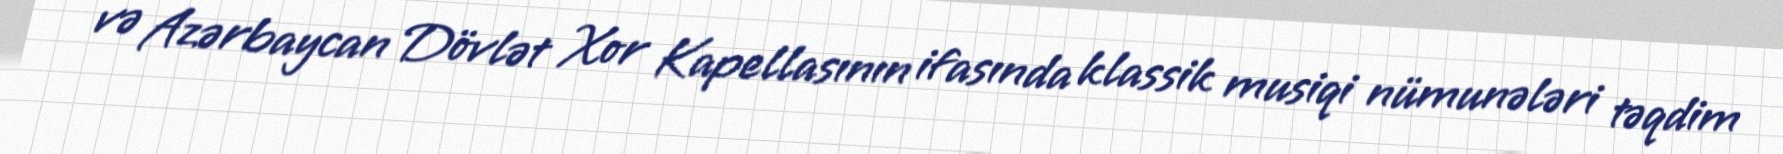
və Azərbaycan Dövlət Xor Kapellasının ifasında klassik musiqi nümunələri təqdim